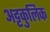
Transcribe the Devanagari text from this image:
अट्टकुलिक